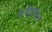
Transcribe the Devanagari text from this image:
चर्येवरील